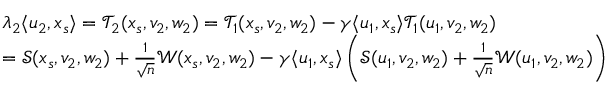
\begin{array} { r l } & { \lambda _ { 2 } \langle u _ { 2 } , x _ { s } \rangle = { \mathcal { T } } _ { 2 } ( x _ { s } , v _ { 2 } , w _ { 2 } ) = { \mathcal { T } } _ { 1 } ( x _ { s } , v _ { 2 } , w _ { 2 } ) - { \gamma } \langle u _ { 1 } , x _ { s } \rangle { \mathcal { T } } _ { 1 } ( u _ { 1 } , v _ { 2 } , w _ { 2 } ) } \\ & { = { \mathcal { S } } ( x _ { s } , v _ { 2 } , w _ { 2 } ) + \frac { 1 } { \sqrt n } { \mathcal { W } } ( x _ { s } , v _ { 2 } , w _ { 2 } ) - { \gamma } \langle u _ { 1 } , x _ { s } \rangle \left( { \mathcal { S } } ( u _ { 1 } , v _ { 2 } , w _ { 2 } ) + \frac { 1 } { \sqrt n } { \mathcal { W } } ( u _ { 1 } , v _ { 2 } , w _ { 2 } ) \right) } \end{array}